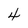
Character: 4